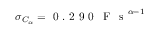
\sigma _ { C _ { \alpha } } = \mathrm { ~ 0 ~ . ~ 2 ~ 9 ~ 0 ~ \, ~ F ~ \, ~ s ~ } ^ { \alpha - 1 }